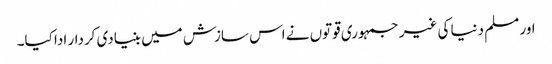
اور مسلم دنیا کی غیر جمہوری قوتوں نے اس سازش میں بنیادی کردار ادا کیا۔